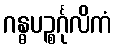
ဂန္ဓပဉ္စင်္ဂုလိကံ